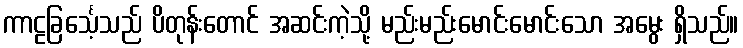
ကာဠခြင်္သေ့သည် ပိတုန်းတောင် အဆင်းကဲ့သို့ မည်းမည်းမောင်းမောင်းသော အမွေး ရှိသည်။